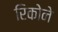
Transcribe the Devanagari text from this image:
रिकोने